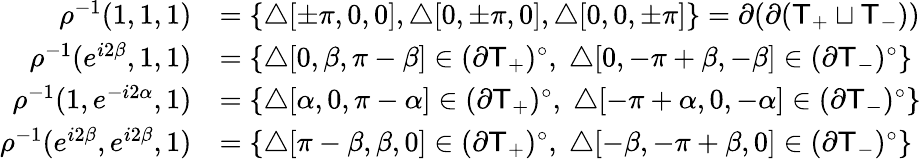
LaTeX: \begin{array}{rl}{\rho^{-1}(1,1,1)}&{=\{ {\triangle}[\pm\pi,0,0],{\triangle}[0,\pm\pi,0],{\triangle}[0,0,\pm\pi]\} =\partial(\partial({\sf{T}}_{+}\sqcup{\sf{T}}_{-}))}\\ {\rho^{-1}(e^{i2\beta},1,1)}&{=\{ {\triangle}[0,\beta,\pi-\beta]\in(\partial{\sf{T}}_{+})^{\circ},\; {\triangle}[0,-\pi+\beta,-\beta]\in(\partial{\sf{T}}_{-})^{\circ}\} }\\ {\rho^{-1}(1,e^{-i2\alpha},1)}&{=\{ {\triangle}[\alpha,0,\pi-\alpha]\in(\partial{\sf{T}}_{+})^{\circ},\; {\triangle}[-\pi+\alpha,0,-\alpha]\in(\partial{\sf{T}}_{-})^{\circ}\} }\\ {\rho^{-1}(e^{i2\beta},e^{i2\beta},1)}&{=\{ {\triangle}[\pi-\beta,\beta,0]\in(\partial{\sf{T}}_{+})^{\circ},\; {\triangle}[-\beta,-\pi+\beta,0]\in(\partial{\sf{T}}_{-})^{\circ}\} }\end{array}